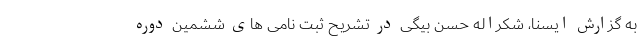
به گزارش ایسنا، شکراله حسن بیگی در تشریح ثبت نامی های ششمین دوره